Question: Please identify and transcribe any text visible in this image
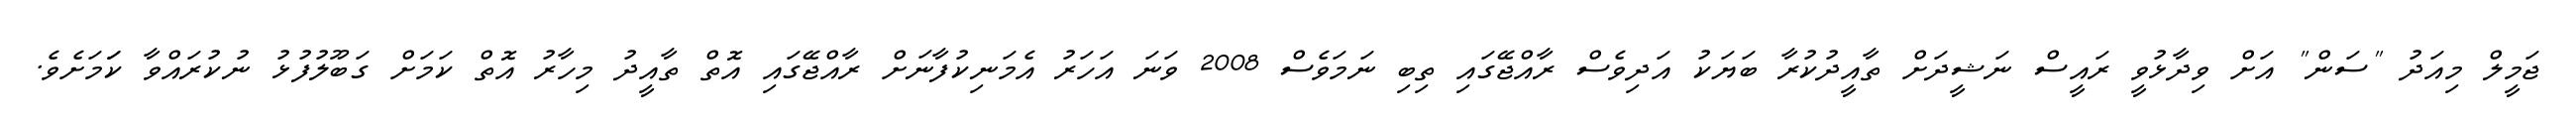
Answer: ޖަމީލް މިއަދު "ސަން" އަށް ވިދާޅުވީ ރައީސް ނަޝީދަށް ތާއީދުކުރާ ބަޔަކު އަދިވެސް ރާއްޖޭގައި ތިބި ނަމަވެސް 2008 ވަނަ އަހަރު އެމަނިކުފާނަށް ރާއްޖޭގައި އޮތް ތާއީދު މިހާރު އޮތް ކަމަށް ގަބޫލުފުޅު ނުކުރައްވާ ކަަމަށެވެ.